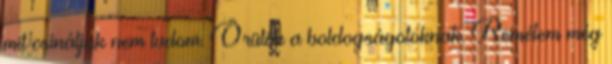
mit csináljak nem tudom. Örülök a boldogságotoknak. Remélem még